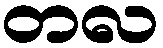
တလ